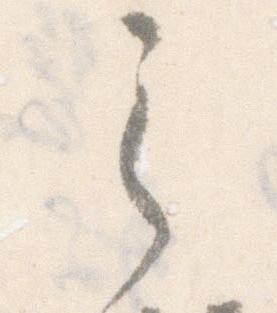
之